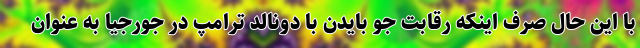
با این حال صرف اینکه رقابت جو بایدن با دونالد ترامپ در جورجیا به عنوان